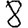
Digit: 8